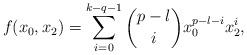
LaTeX: \begin{align*}f(x_{0}, x_{2})=\sum_{i=0}^{k-q-1}\binom{p-l}{i}x_{0}^{p-l-i}x_{2}^{i},\end{align*}